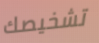
تشخيصك